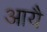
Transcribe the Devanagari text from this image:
आयै